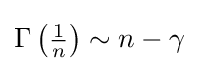
\Gamma \left({\tfrac {1}{n}}\right)\sim n-\gamma